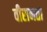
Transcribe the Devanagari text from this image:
वीरानता